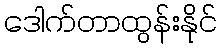
ဒေါက်တာထွန်းနိုင်